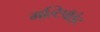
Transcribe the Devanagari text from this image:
मल्टिपॉइंट